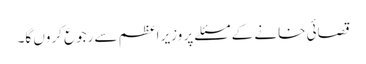
قصائی خانے کے مسئلے پر وزیر اعظم سے رجوع کروں گا۔